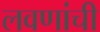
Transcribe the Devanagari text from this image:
लवणांची